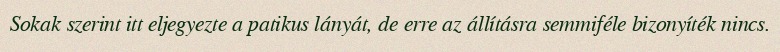
Sokak szerint itt eljegyezte a patikus lányát, de erre az állításra semmiféle bizonyíték nincs.